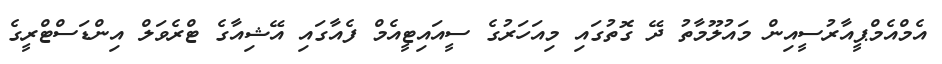
އެމްއެމްޕީއާރުސީއިން މައުލޫމާތު ދޭ ގޮތުގައި މިއަހަރުގެ ސީއައިޓީއެމް ފެއާގައި އޭޝިއާގެ ޓްރެވަލް އިންޑަސްޓްރީގެ